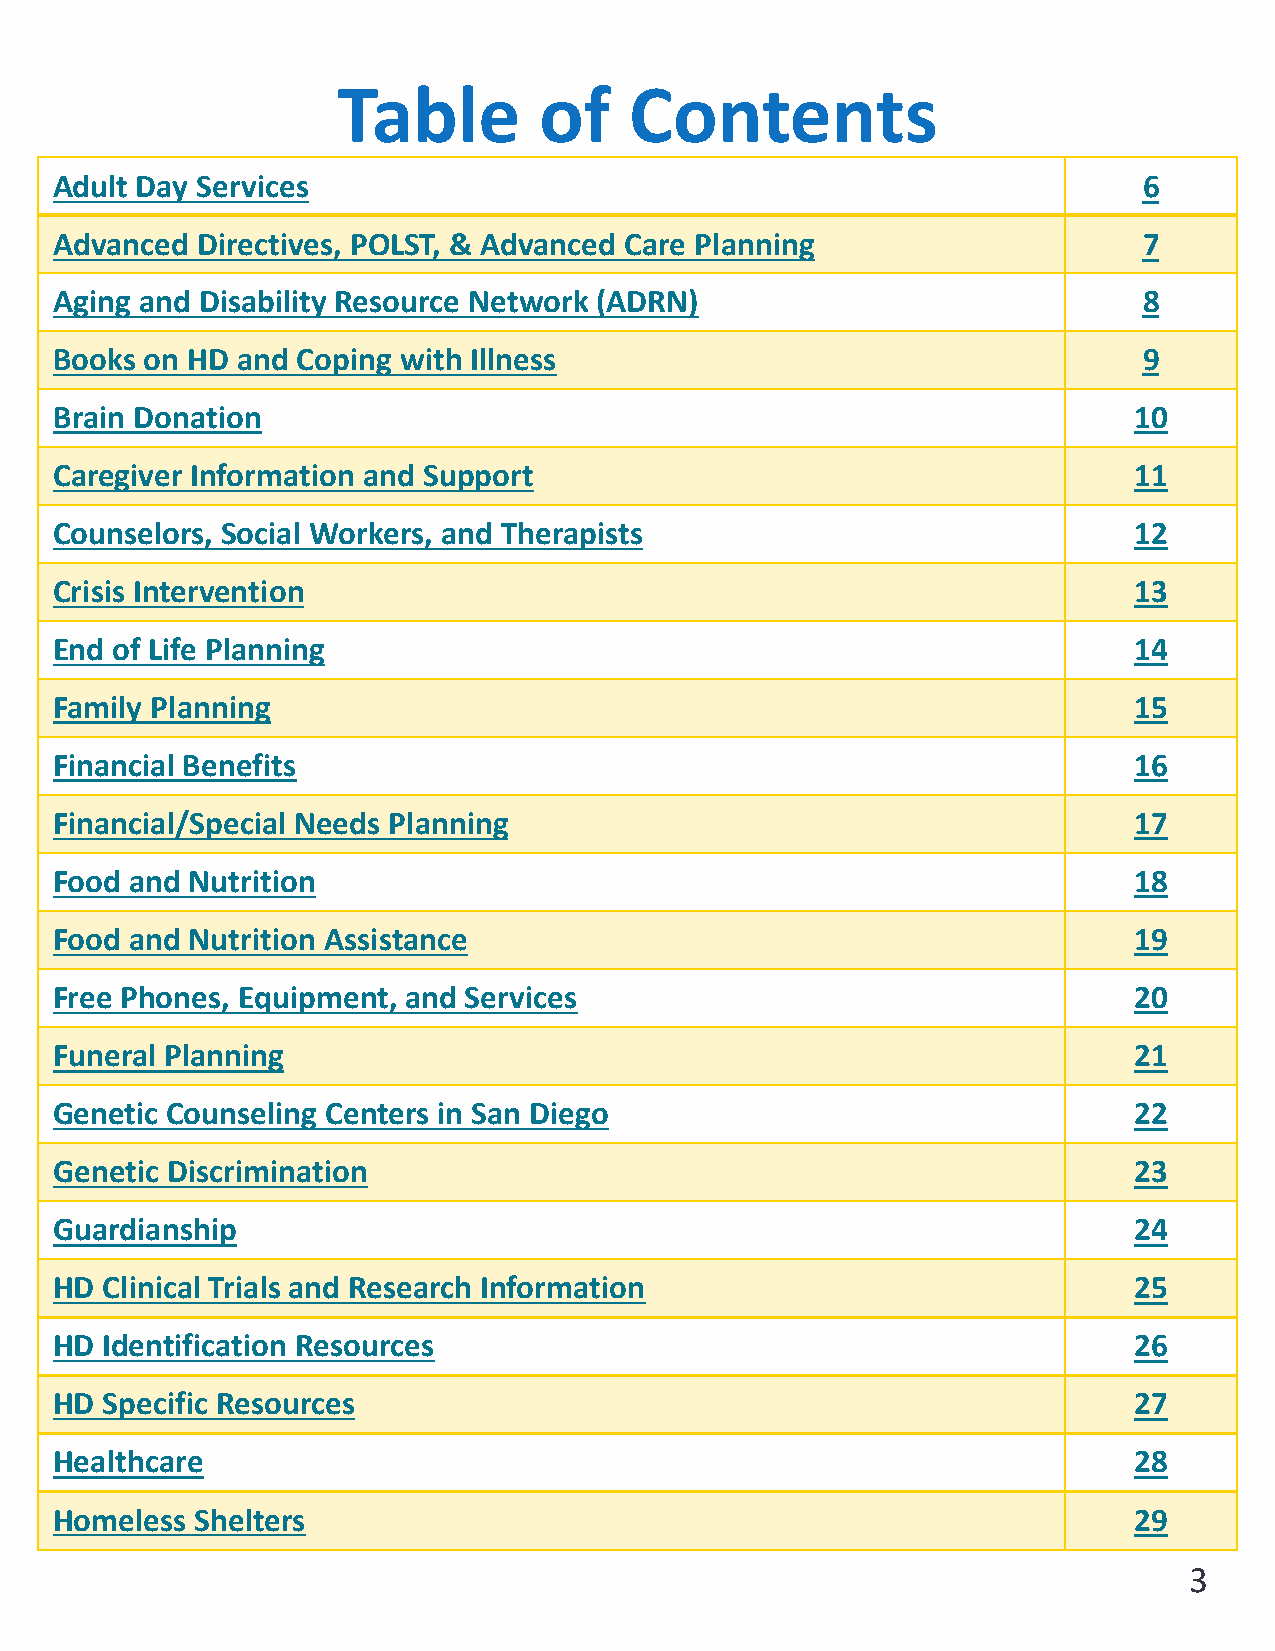
Table         of    Contents
 Adult Day Services                                                      6
 Advanced Directives, POLST, & Advanced Care Planning                    7
 Aging and Disability Resource Network (ADRN)                            8
 Books on HD and Coping with Illness                                     9
 Brain Donation                                                         10
 Caregiver Information and Support                                      11
 Counselors, Social Workers, and Therapists                             12
 Crisis Intervention                                                    13
 End of Life Planning                                                   14
 Family Planning                                                        15
 Financial Benefits                                                     16
 Financial/Special Needs Planning                                       17
 Food and Nutrition                                                     18
 Food and Nutrition Assistance                                          19
 Free Phones, Equipment, and Services                                   20
 Funeral Planning                                                       21
 Genetic Counseling Centers in San Diego                                22
 Genetic Discrimination                                                 23
 Guardianship                                                           24
 HD Clinical Trials and Research Information                            25
 HD Identification Resources                                            26
 HD Specific Resources                                                  27
 Healthcare                                                             28
 Homeless Shelters                                                      29
 3